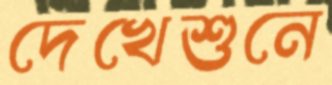
দেখেশুনে